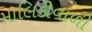
માલિકીવાળી